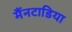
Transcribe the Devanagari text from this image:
मैंनटाडिया